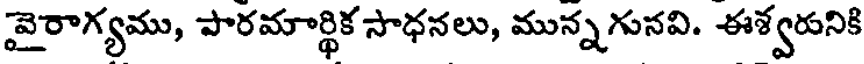
వైరాగ్యము, పారమార్థిక సాధనలు, మున్నగునవి. ఈశ్వరునికి